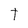
Character: T